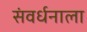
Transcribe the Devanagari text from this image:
संवर्धनाला